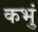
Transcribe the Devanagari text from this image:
कभुं